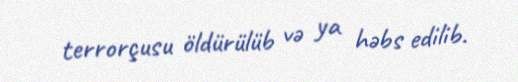
terrorçusu öldürülüb və ya həbs edilib.